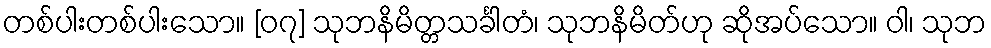
တစ်ပါးတစ်ပါးသော။ [၀၇] သုဘနိမိတ္တသင်္ခါတံ၊ သုဘနိမိတ်ဟု ဆိုအပ်သော။ ဝါ၊ သုဘ